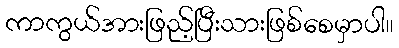
ကာကွယ်အားဖြည့်ပြီးသားဖြစ်စေမှာပါ။